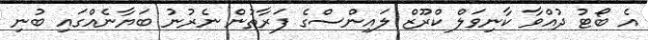
އެ ބޯޓު ދުއްވާ ކާނިވަލް ކްރޫޒް ލައިންސްގެ ފަރާތުން ނެރުނު ބަޔާނެއްގައި ބުނި